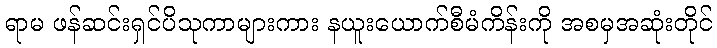
ရာမ ဖန်ဆင်းရှင်ပိသုကာများကား နယူးယောက်စီမံကိန်းကို အစမှအဆုံးတိုင်